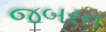
જબરન